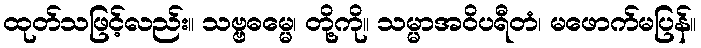
ထုတ်သဖြင့်လည်း။ သဗ္ဗဓမ္မေ၊ တို့ကို။ သမ္မာအဝိပရီတံ၊ မဖောက်မပြန်။